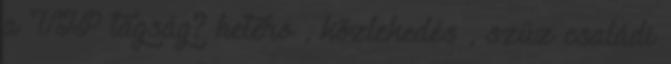
a VIP tagság? hetero , közlekedés , szűz családi